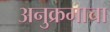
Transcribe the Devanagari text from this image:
अनुक्रमाचा